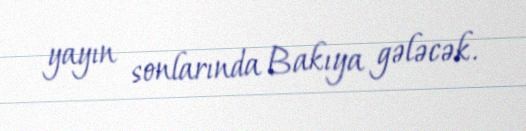
yayın sonlarında Bakıya gələcək.